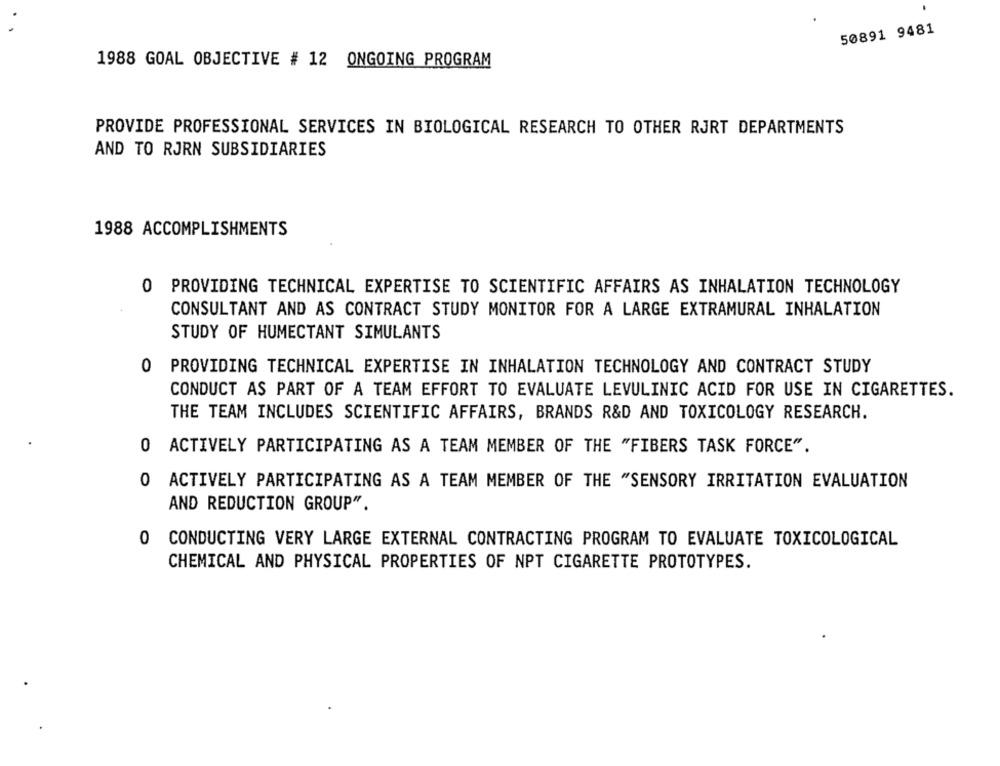
50891 9481
1988 GOAL OBJECTIVE # 12 ONGOING PROGRAM
PROVIDE PROFESSIONAL SERVICES IN BIOLOGICAL RESEARCH TO OTHER RJRT DEPARTMENTS
AND TO RJRN SUBSIDIARIES
1988 ACCOMPLISHMENTS
O PROVIDING TECHNICAL EXPERTISE TO SCIENTIFIC AFFAIRS AS INHALATION TECHNOLOGY
CONSULTANT AND AS CONTRACT STUDY MONITOR FOR A LARGE EXTRAMURAL INHALATION
STUDY OF HUMECTANT SIMULANTS
0
PROVIDING TECHNICAL EXPERTISE IN INHALATION TECHNOLOGY AND CONTRACT STUDY
CONDUCT AS PART OF A TEAM EFFORT TO EVALUATE LEVULINIC ACID FOR USE IN CIGARETTES.
THE TEAM INCLUDES SCIENTIFIC AFFAIRS, BRANDS R&D AND TOXICOLOGY RESEARCH.
0 ACTIVELY PARTICIPATING AS A TEAM MEMBER OF THE "FIBERS TASK FORCE".
0 ACTIVELY PARTICIPATING AS A TEAM MEMBER OF THE "SENSORY IRRITATION EVALUATION
AND REDUCTION GROUP".
0
CONDUCTING VERY LARGE EXTERNAL CONTRACTING PROGRAM TO EVALUATE TOXICOLOGICAL
CHEMICAL AND PHYSICAL PROPERTIES OF NPT CIGARETTE PROTOTYPES.